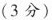
(3分)